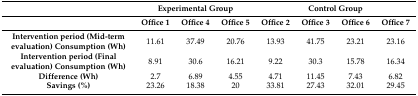
<table><thead><tr><td></td><td colspan="3"><b>Experimental Group</b></td><td colspan="4"><b>Control Group</b></td></tr><tr><td></td><td><b>Office 1</b></td><td><b>Office 4</b></td><td><b>Office 5</b></td><td><b>Office 2</b></td><td><b>Office 3</b></td><td><b>Office 6</b></td><td><b>Office 7</b></td></tr></thead><tbody><tr><td><b>Intervention period (Mid-term evaluation) Consumption (Wh)</b></td><td>11.61</td><td>37.49</td><td>20.76</td><td>13.93</td><td>41.75</td><td>23.21</td><td>23.16</td></tr><tr><td><b>Intervention period (Final evaluation) Consumption (Wh)</b></td><td>8.91</td><td>30.6</td><td>16.21</td><td>9.22</td><td>30.3</td><td>15.78</td><td>16.34</td></tr><tr><td><b>Difference (Wh)</b></td><td>2.7</td><td>6.89</td><td>4.55</td><td>4.71</td><td>11.45</td><td>7.43</td><td>6.82</td></tr><tr><td><b>Savings (%)</b></td><td>23.26</td><td>18.38</td><td>20</td><td>33.81</td><td>27.43</td><td>32.01</td><td>29.45</td></tr></tbody></table>